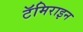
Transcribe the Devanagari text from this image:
टॅमिराइन